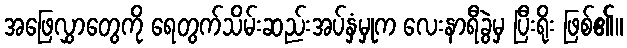
အဖြေလွှာတွေကို ရေတွက်သိမ်းဆည်းအပ်နှံမှုက လေးနာရီခွဲမှ ပြီးရိုး ဖြစ်၏။